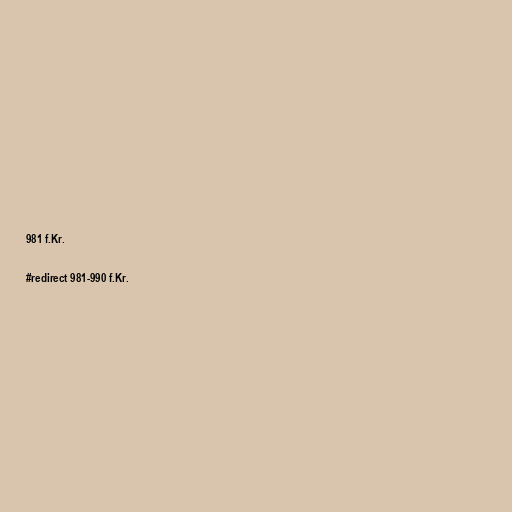
981 f.Kr.

#redirect 981-990 f.Kr.